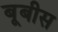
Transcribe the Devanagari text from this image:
बूबीस